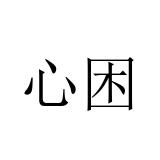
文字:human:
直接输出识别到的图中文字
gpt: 心困